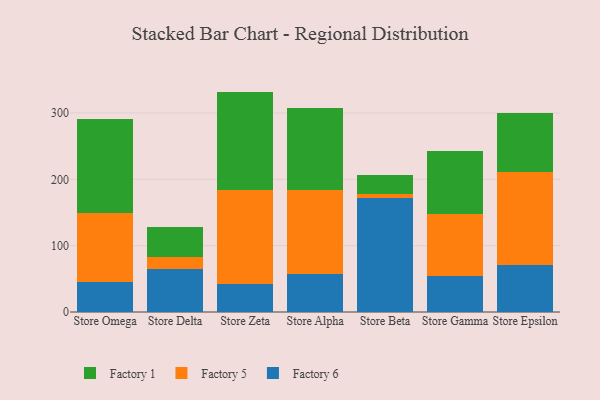
{"axis": {"x": "Store", "y": "Churn Rate (%)"}, "legend": ["Factory 1", "Factory 5", "Factory 6"], "data": [{"x": "Store Omega", "y": 45.7, "type": "Factory 6"}, {"x": "Store Omega", "y": 104.1, "type": "Factory 5"}, {"x": "Store Omega", "y": 140.9, "type": "Factory 1"}, {"x": "Store Delta", "y": 65.5, "type": "Factory 6"}, {"x": "Store Delta", "y": 17.7, "type": "Factory 5"}, {"x": "Store Delta", "y": 44.8, "type": "Factory 1"}, {"x": "Store Zeta", "y": 42.7, "type": "Factory 6"}, {"x": "Store Zeta", "y": 141.6, "type": "Factory 5"}, {"x": "Store Zeta", "y": 147.9, "type": "Factory 1"}, {"x": "Store Alpha", "y": 56.8, "type": "Factory 6"}, {"x": "Store Alpha", "y": 127.1, "type": "Factory 5"}, {"x": "Store Alpha", "y": 124.3, "type": "Factory 1"}, {"x": "Store Beta", "y": 171.2, "type": "Factory 6"}, {"x": "Store Beta", "y": 6.6, "type": "Factory 5"}, {"x": "Store Beta", "y": 28.0, "type": "Factory 1"}, {"x": "Store Gamma", "y": 53.6, "type": "Factory 6"}, {"x": "Store Gamma", "y": 93.5, "type": "Factory 5"}, {"x": "Store Gamma", "y": 95.9, "type": "Factory 1"}, {"x": "Store Epsilon", "y": 70.9, "type": "Factory 6"}, {"x": "Store Epsilon", "y": 140.1, "type": "Factory 5"}, {"x": "Store Epsilon", "y": 89.3, "type": "Factory 1"}]}